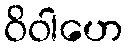
ဝိဝါဟေ